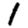
Digit: 1